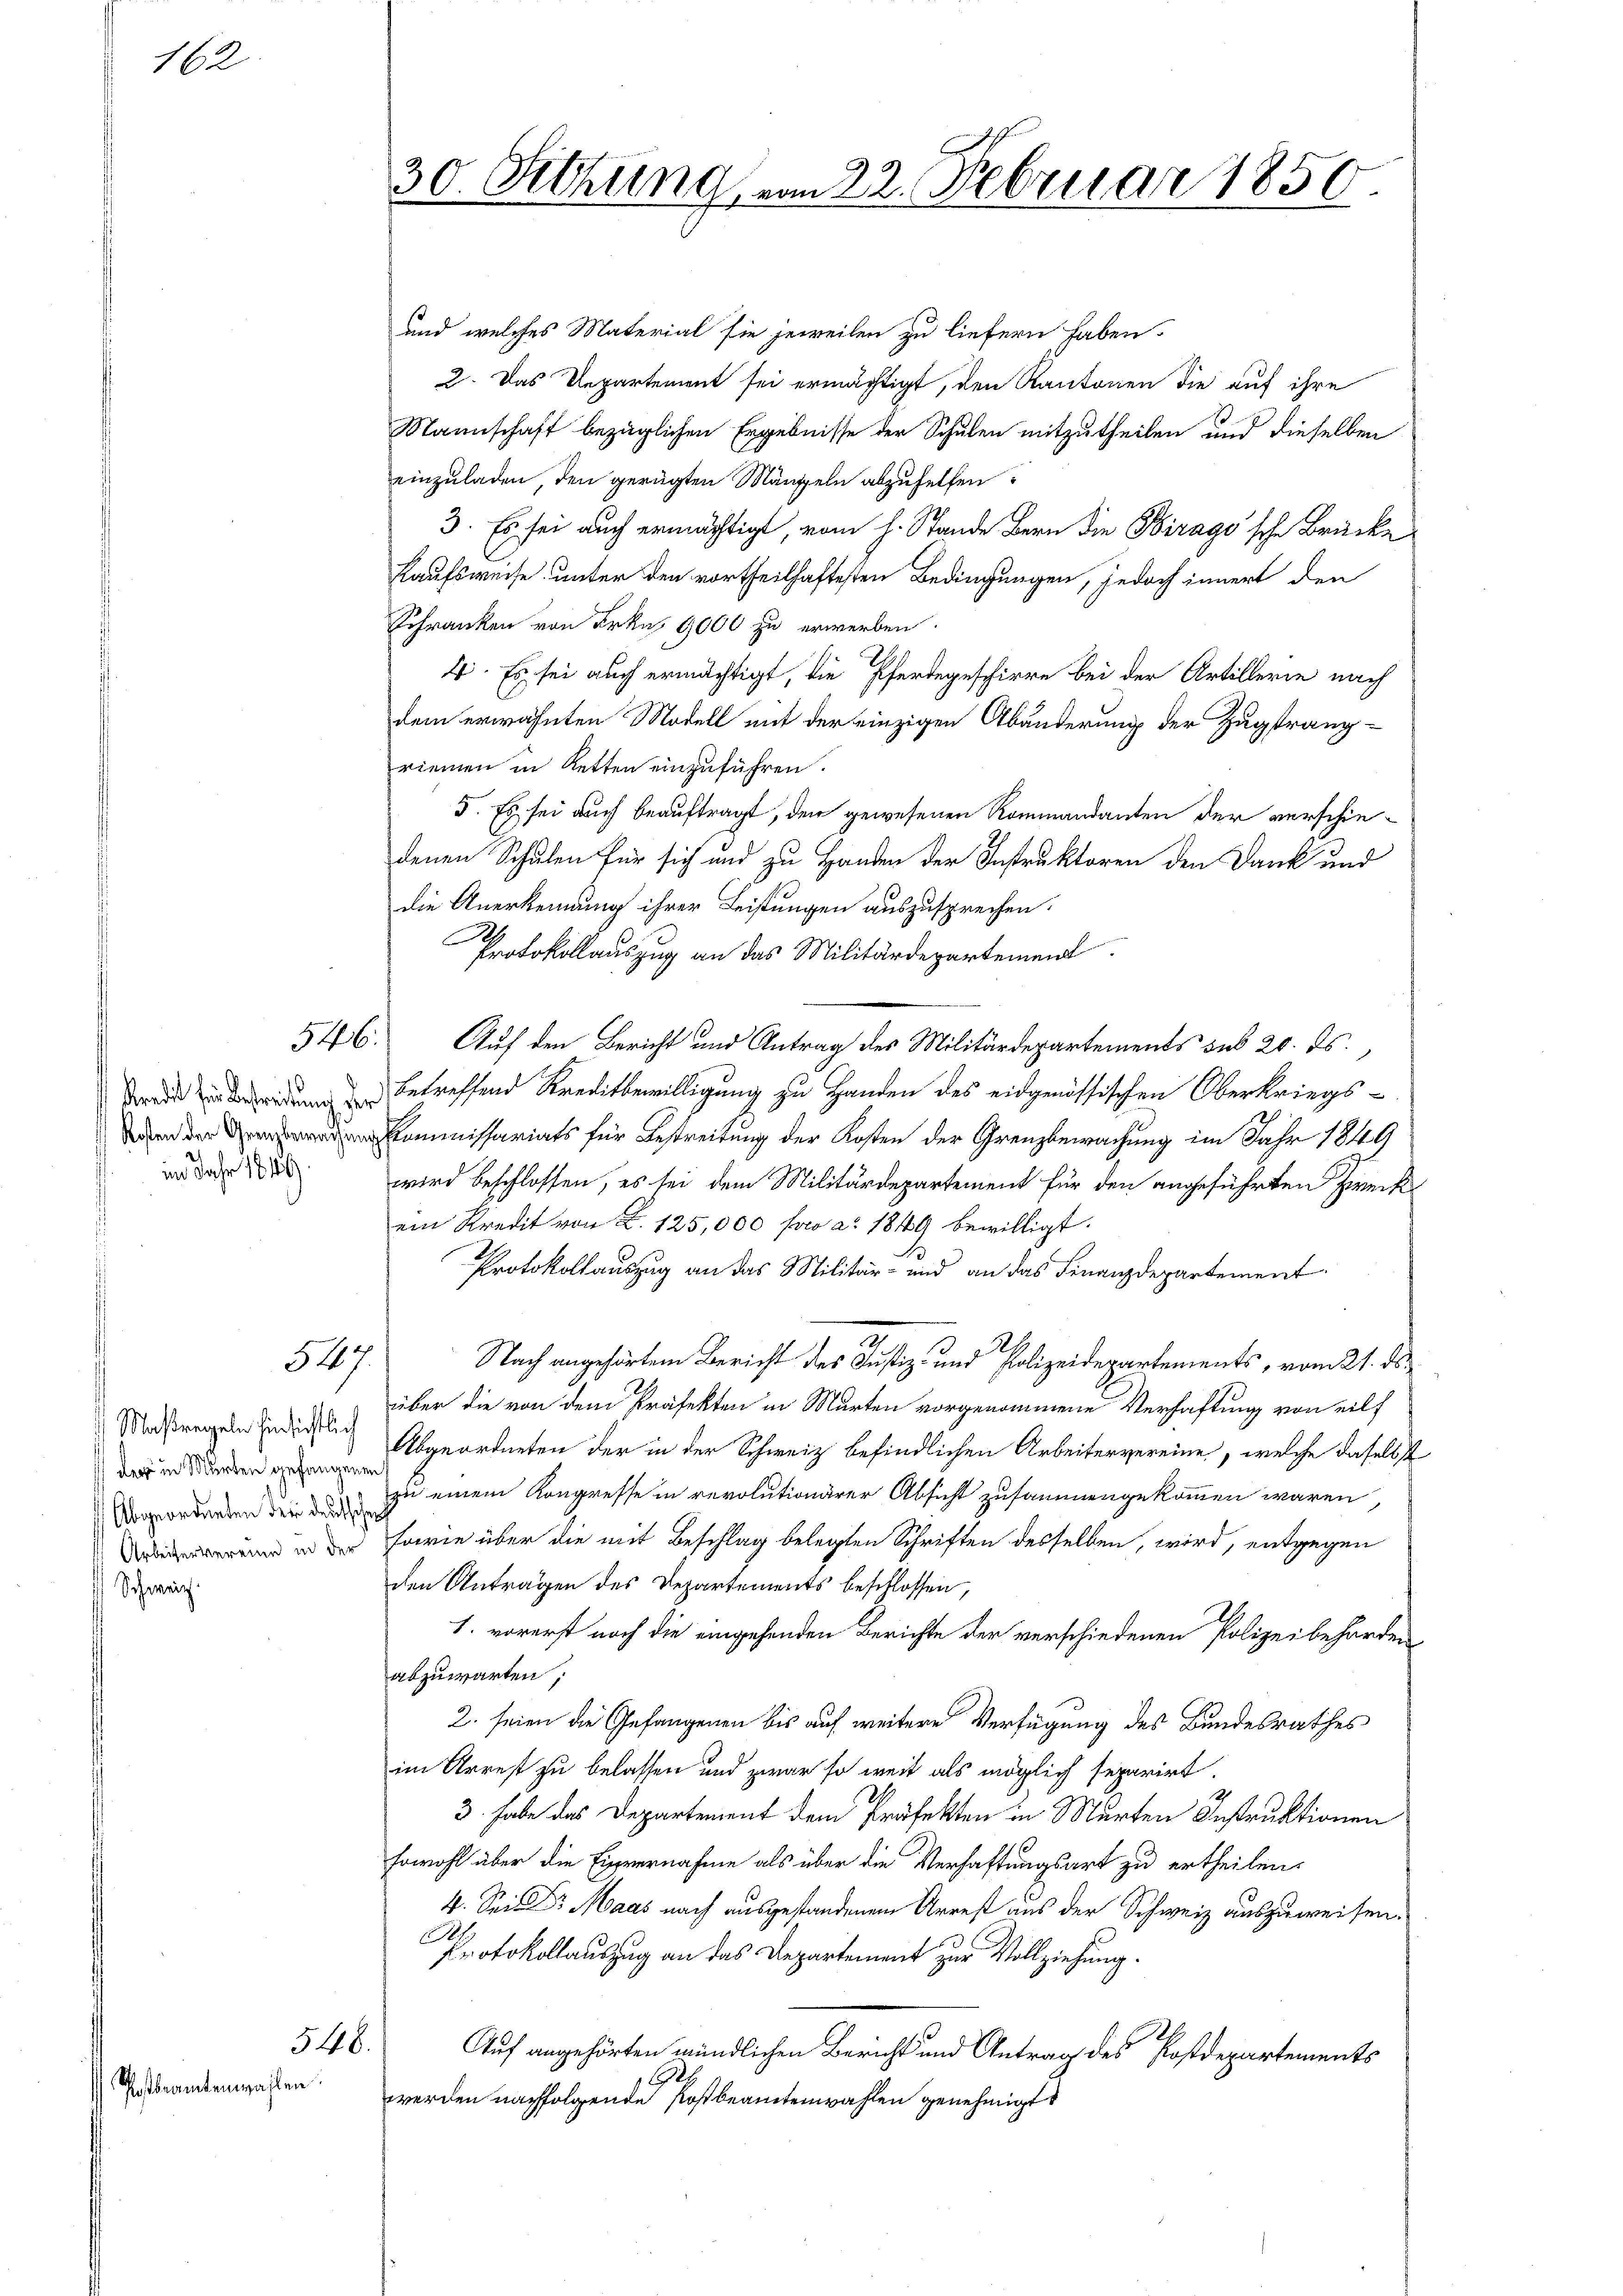
Schweiz.

162

Postbeamtenwahlen.

im Jahr 1849.

547.

Maßregeln hinsichtlich
der in Murten gefangenen

546.

und welches Material sie jeweilen zu liefern haben.
2. Das Repartement sei ermächtigt, den Kantonen die auf ihre
Mannschaft bezüglichen Ergebnisse der Schulen mitzutheilen und dieselben
einzuladen, den gerügten Mängeln abzuhelfen:
3. Es sei auch ermächtigt, vom h. Stande Bern die Hirago'sche Brücke
Kaufsweise unter den vortheilhaftesten Bedingungen, jedoch innert den
Schranken von Frkn. 9000 zu erwerben.
4. Es sei auch ermächtigt, die Pferdegeschirre bei der Artillerie nach
dem erwähnten Modell mit der einzigen Abänderung der Zugtrangriemen in Retten einzuführen.
5. Es sei auch beauftragt, den gewesenen Rommandanten der verschiedenen Schulen für sich und zu Handen der Instruktoren den Dank und
die Anerkennung ihrer Leistungen auszusprechen.
Protokollauszug an das Militärdepartement
546. Auf den Bericht und Antrag des Militärdepartements des 20. ds.,
eordnung betreffend Kreditbewilligung zu Handen des eidgenössischen Oberkriegs¬
Kommissariats für Bestreitung der Kosten der Grenzbewachung im Jahr 1849
wird beschlossen, es sei dem Militärdepartement für den angeführten Zweife
ein Kredit von d. 125,000 pro a. 1849 bewilligt.
Protokollauszug an das Militär- und an das Finanzdepartement
Nach angehörtem Bericht des Justiz- und Polizeidepartements, vom 21. ds.
über die von dem Präfekten in Murten vorgenommene Verhaftung von eilf
Abgeordneten der in der Schweiz befindlichen Arbeitervereine, welche daselbst
Vorgeordneten den zu einem Kongresse in revolutionärer Absicht zusammengekommen wären,
d in der sowie über die mit Beschlag belegten Schriften desselben, wird, entgegen
den Antragen des Departements beschlossen,
1. vorerst noch die eingehenden Berichte der verschiedenen Polizeibehörden
abzuwarten;
2. seien die Gefangenen bis auf weitere Verfügung des Bundesrathes
im Arrest zu belassen und zwar so weit als möglich separirt.
9
3 habe das Departement dem Präfekten in Murten Instruktionen
sowohl über die Einvernahme als über die Verhaftungsart zu ertheilen,
4. Sei Dr. Maas nach ausgestandenem Arrest aus der Schweiz auszuweisen.
Protokollauszug an das Departement zur Vollziehung.
Auf angehörten mündlichen Bericht und Antrag des Postdepartements
werden nachfolgende Postbeamtenwahlen genehmigt.

30. Sitzung vom 22. Februar 1850.